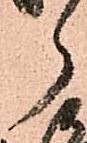
ら